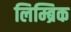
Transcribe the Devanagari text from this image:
लिम्ब्रिक